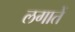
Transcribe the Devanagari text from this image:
लगातें